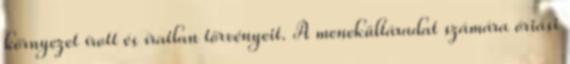
környezet írott és íratlan törvényeit. A menekültáradat számára óriási